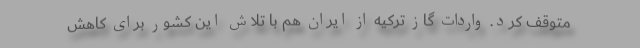
متوقف کرد. واردات گاز ترکیه از ایران هم با تلاش این کشور برای کاهش